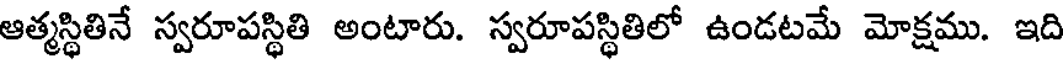
ఆత్మస్థితినే స్వరూపస్థితి అంటారు. స్వరూపస్థితిలో ఉండటమే మోక్షము. ఇది